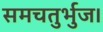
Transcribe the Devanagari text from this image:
समचतुर्भुज।